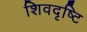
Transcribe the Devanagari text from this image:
शिवदृष्टि